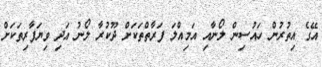
އޭގެ އިތުރުން ހައުސިން ލޯނާއި އަމިއްލަ ފަރާތްތަކަށް ދޫކުރާ ލޯނު އަދި ވިޔަފާރިތަކަށް